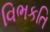
વિભકતિ